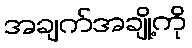
အချက်အချို့ကို